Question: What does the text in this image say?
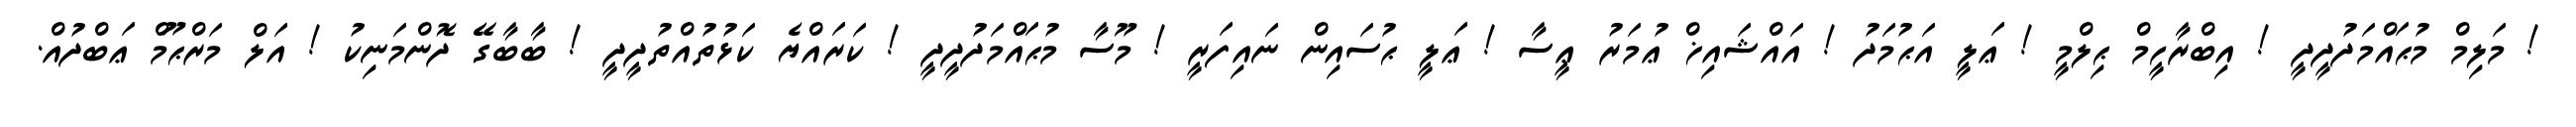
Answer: ! މަލިމް މުޙައްމަދުދީދީ ! އިބްރާހީމް ޙިލްމީ ! ޢަލީ އަޙުމަދު ! އައްޝައިޚް ޢުމަރު ޢީސާ ! ޢަލީ ޙުސައިން ނައިފަރީ ! މޫސާ މުޙައްމަދުދީދީ ! ކަރައްޔެ ކަޅުތުއްތުދީދީ ! ބާބާގޭ ދޮންމަނިކު ! އަލް މަރްޙޫމް ޢަބްދުއް.